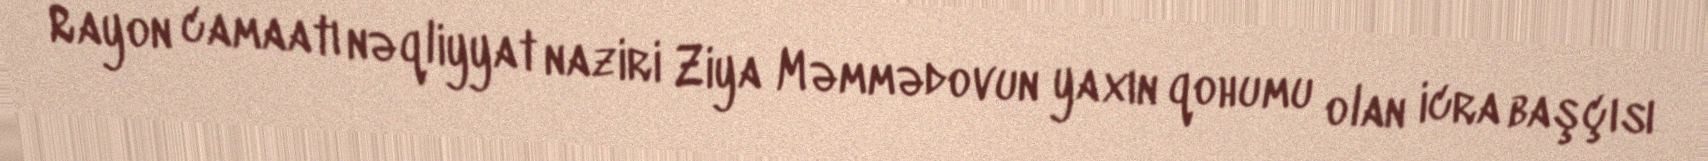
Rayon camaatı nəqliyyat naziri Ziya Məmmədovun yaxın qohumu olan icra başçısı